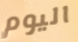
اليوم